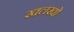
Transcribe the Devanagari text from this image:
खलखो